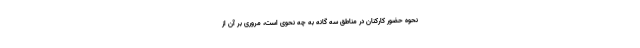
نحوه حضور کارکنان در مناطق سه گانه به چه نحوی است، مروری بر آن از